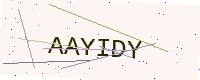
Text: AAYIDY